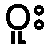
ဝူး